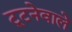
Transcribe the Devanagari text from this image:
टूटनेवाले